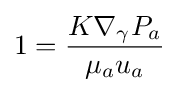
1={\frac {K\nabla _{\gamma }P_{a}}{\mu _{a}u{_{a}}}}